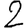
Digit: 2